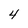
Character: 4